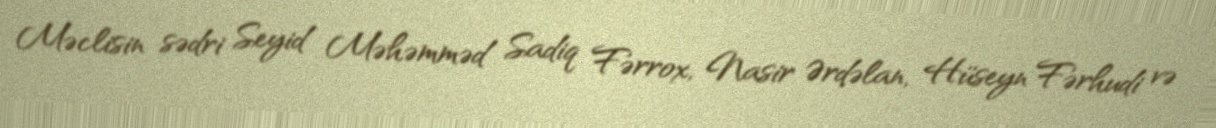
Məclisin sədri Seyid Məhəmməd Sadiq Fərrox, Nasir Ərdəlan, Hüseyn Fərhudi və